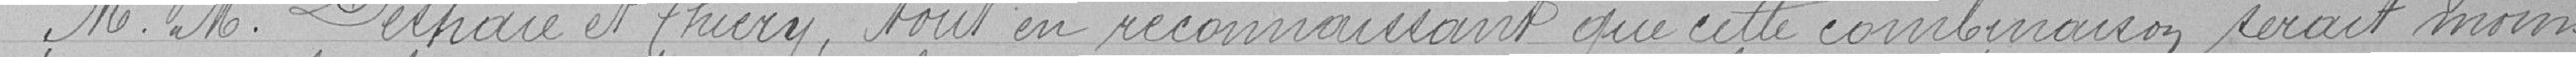
MM. Deshaie et Thiery, tout en reconnaissant que cette combinaison serait moins